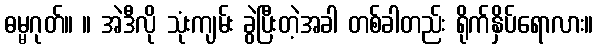
ဓမ္မဂုတ်။ ။ အဲဒီလို သုံးကျမ်း ခွဲပြီးတဲ့အခါ တစ်ခါတည်း ရိုက်နှိပ်ရောလား။